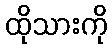
ထိုသားကို